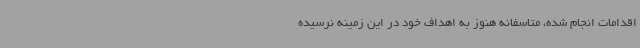
اقدامات انجام شده، متاسفانه هنوز به اهداف خود در این زمینه نرسیده